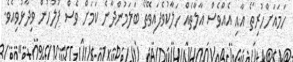
ހަމައަށްހުރިތޯ އާއި އެއްވެސް އާލާތެއް ހަލާކުވެފައިވޭތޯ ބަލަމުންދާނެ ކަމަށް ވެސް ފުލުހުން ވިދާޅުވިއެވެ.